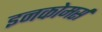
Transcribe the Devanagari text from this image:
इनकोमर्स